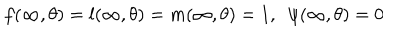
f ( \infty , \theta ) = l ( \infty , \theta ) = m ( \infty , \theta ) = 1 , \ \ \psi ( \infty , \theta ) = 0